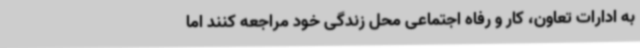
به ادارات تعاون، کار و رفاه اجتماعی محل زندگی خود مراجعه کنند اما